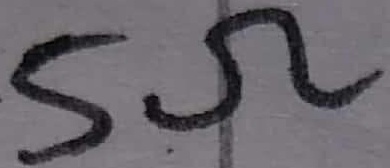
Text: 5Ω